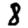
Digit: 8